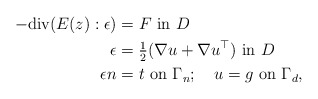
\begin{align*} -\mbox{div}(E(z) : \epsilon) & = F \mbox{ in } D\\ \epsilon & = \tfrac{1}{2}(\nabla u + \nabla u^\top) \mbox{ in } D\\ \epsilon n & = t \mbox{ on } \Gamma_n; ~~~ u = g \mbox{ on } \Gamma_d,\end{align*}